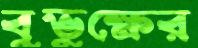
বুভুক্ষের